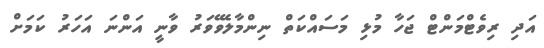
އަދި ރިވެޓްމަންޓް ޖަހާ މުޅި މަސައްކަތް ނިންމާލެވޭވަރު ވާނީ އަންނަ އަހަރު ކަމަށް